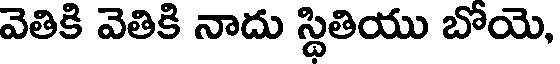
వెతికి వెతికి నాదు స్థితియు బోయె,